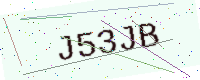
Text: J53JB